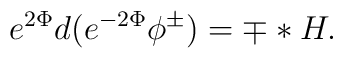
e^{2\Phi}d(e^{-2\Phi}\phi^{\pm}) = \mp *H .